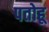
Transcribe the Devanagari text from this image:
पतोहू